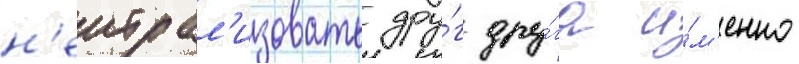
н'еитрал'изовать дру́г дру́га и́м'енно